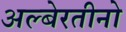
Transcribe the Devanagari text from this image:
अल्बेरतीनो